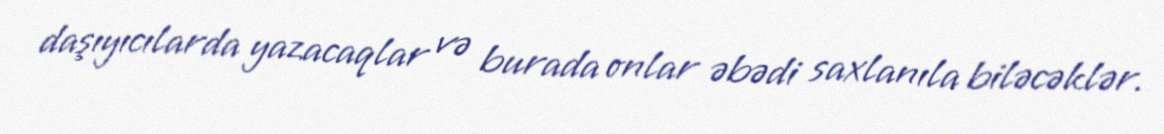
daşıyıcılarda yazacaqlar və burada onlar əbədi saxlanıla biləcəklər.